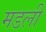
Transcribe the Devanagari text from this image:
मडली